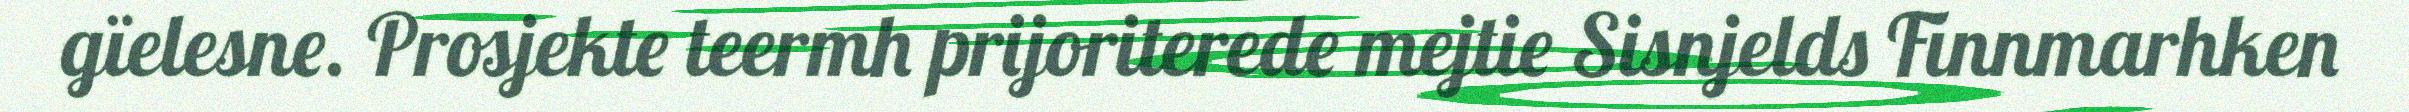
gïelesne. Prosjekte teermh prijoriterede mejtie Sisnjelds Finnmarhken